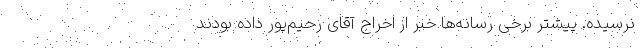
نرسیده. پیشتر برخی رسانه‌ها خبر از اخراج آقای رحیم‌پور داده بودند